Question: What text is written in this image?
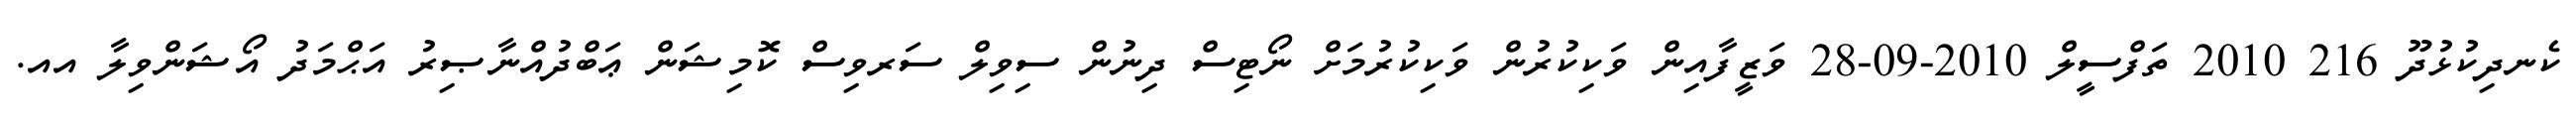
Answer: ކެނދިކުޅުދޫ 216 2010 ތަފްސީލް 2010-09-28 ވަޒީފާއިން ވަކިކުރުން ވަކިކުރުމަށް ނޯޓިސް ދިނުން ސިވިލް ސަރވިސް ކޮމިޝަން ޢަބްދުއްނާޞިރު އަޙްމަދު އޯޝަންވިލާ އއ.